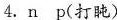
4.n___p(打盹)